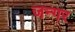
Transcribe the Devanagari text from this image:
जन्गर